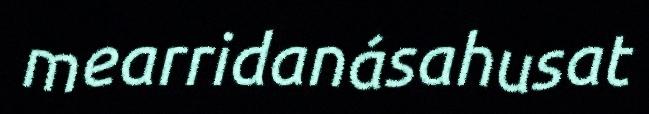
mearridanásahusat